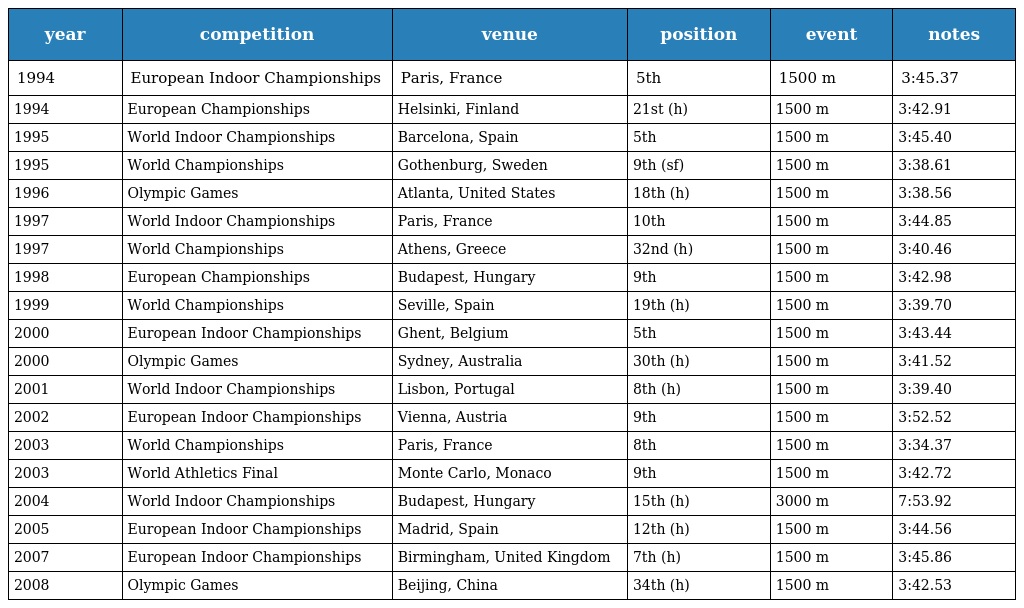
| year | competition | venue | position | event | notes |
 | --- | --- | --- | --- | --- | --- |
 | 1994 | European Indoor Championships | Paris, France | 5th | 1500 m | 3:45.37 |
 | 1994 | European Championships | Helsinki, Finland | 21st (h) | 1500 m | 3:42.91 |
 | 1995 | World Indoor Championships | Barcelona, Spain | 5th | 1500 m | 3:45.40 |
 | 1995 | World Championships | Gothenburg, Sweden | 9th (sf) | 1500 m | 3:38.61 |
 | 1996 | Olympic Games | Atlanta, United States | 18th (h) | 1500 m | 3:38.56 |
 | 1997 | World Indoor Championships | Paris, France | 10th | 1500 m | 3:44.85 |
 | 1997 | World Championships | Athens, Greece | 32nd (h) | 1500 m | 3:40.46 |
 | 1998 | European Championships | Budapest, Hungary | 9th | 1500 m | 3:42.98 |
 | 1999 | World Championships | Seville, Spain | 19th (h) | 1500 m | 3:39.70 |
 | 2000 | European Indoor Championships | Ghent, Belgium | 5th | 1500 m | 3:43.44 |
 | 2000 | Olympic Games | Sydney, Australia | 30th (h) | 1500 m | 3:41.52 |
 | 2001 | World Indoor Championships | Lisbon, Portugal | 8th (h) | 1500 m | 3:39.40 |
 | 2002 | European Indoor Championships | Vienna, Austria | 9th | 1500 m | 3:52.52 |
 | 2003 | World Championships | Paris, France | 8th | 1500 m | 3:34.37 |
 | 2003 | World Athletics Final | Monte Carlo, Monaco | 9th | 1500 m | 3:42.72 |
 | 2004 | World Indoor Championships | Budapest, Hungary | 15th (h) | 3000 m | 7:53.92 |
 | 2005 | European Indoor Championships | Madrid, Spain | 12th (h) | 1500 m | 3:44.56 |
 | 2007 | European Indoor Championships | Birmingham, United Kingdom | 7th (h) | 1500 m | 3:45.86 |
 | 2008 | Olympic Games | Beijing, China | 34th (h) | 1500 m | 3:42.53 |